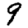
Digit: 9